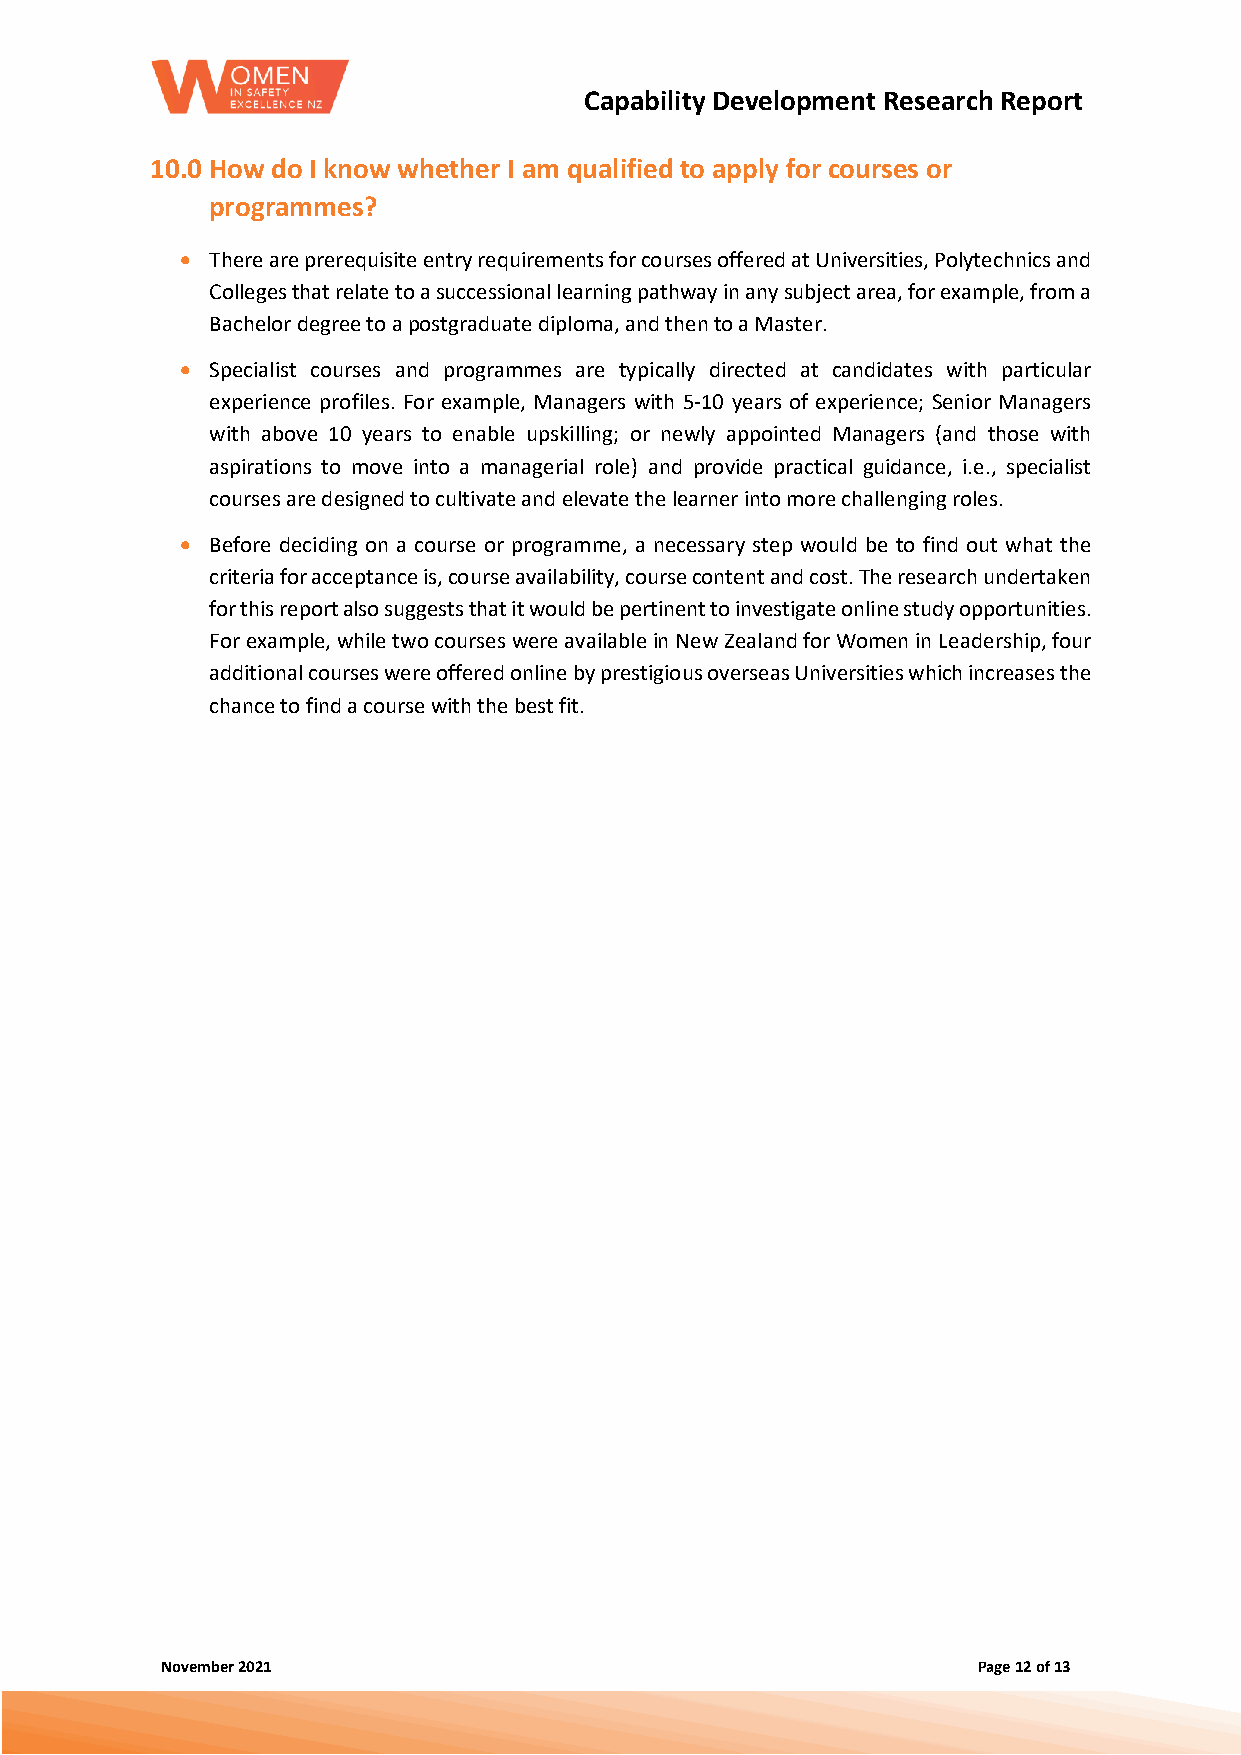
Capability Development Research Report
 10.0 How do I know whether I am qualified to apply for courses or
 programmes?
 • There are prerequisite entry requirements for courses offered at Universities, Polytechnics and
 Colleges that relate to a successional learning pathway in any subject area, for example, from a
 Bachelor degree to a postgraduate diploma, and then to a Master.
 • Specialist courses and programmes are typically directed at candidates with particular
 experience profiles. For example, Managers with 5-10 years of experience; Senior Managers
 with above 10 years to enable upskilling; or newly appointed Managers (and those with
 aspirations to move into a managerial role) and provide practical guidance, i.e., specialist
 courses are designed to cultivate and elevate the learner into more challenging roles.
 • Before deciding on a course or programme, a necessary step would be to find out what the
 criteria for acceptance is, course availability, course content and cost. The research undertaken
 for this report also suggests that it would be pertinent to investigate online study opportunities.
 For example, while two courses were available in New Zealand for Women in Leadership, four
 additional courses were offered online by prestigious overseas Universities which increases the
 chance to find a course with the best fit.
 November 2021                                         Page 12 of 13